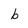
Character: b